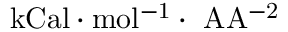
\mathrm { k C a l \cdot m o l ^ { - 1 } \cdot \ A A ^ { - 2 } }